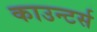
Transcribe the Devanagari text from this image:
काउन्टर्स